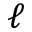
\ell